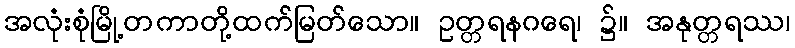
အလုံးစုံမြို့တကာတို့ထက်မြတ်သော။ ဥတ္တရနဂရေ၊ ၌။ အနုတ္တရဿ၊